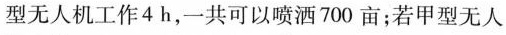
型无人机工作4h，一共可以喷洒700亩；若甲型无人